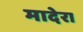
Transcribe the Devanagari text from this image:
मादेरा